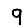
Digit: 9